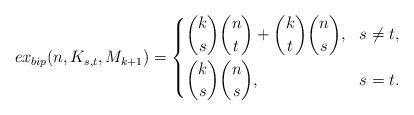
LaTeX: \begin{align*}ex_{bip}(n,K_{s,t},M_{k+1})=\left\{\begin{aligned}&\binom{k}{s}\binom{n}{t}+\binom{k}{t}\binom{n}{s}, & s\neq t, \\&\binom{k}{s}\binom{n}{s},&s=t.\end{aligned}\right.\end{align*}